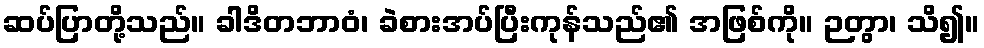
ဆပ်ပြာတို့သည်။ ခါဒိတဘာဝံ၊ ခဲစားအပ်ပြီးကုန်သည်၏ အဖြစ်ကို။ ဉတွာ၊ သိ၍။